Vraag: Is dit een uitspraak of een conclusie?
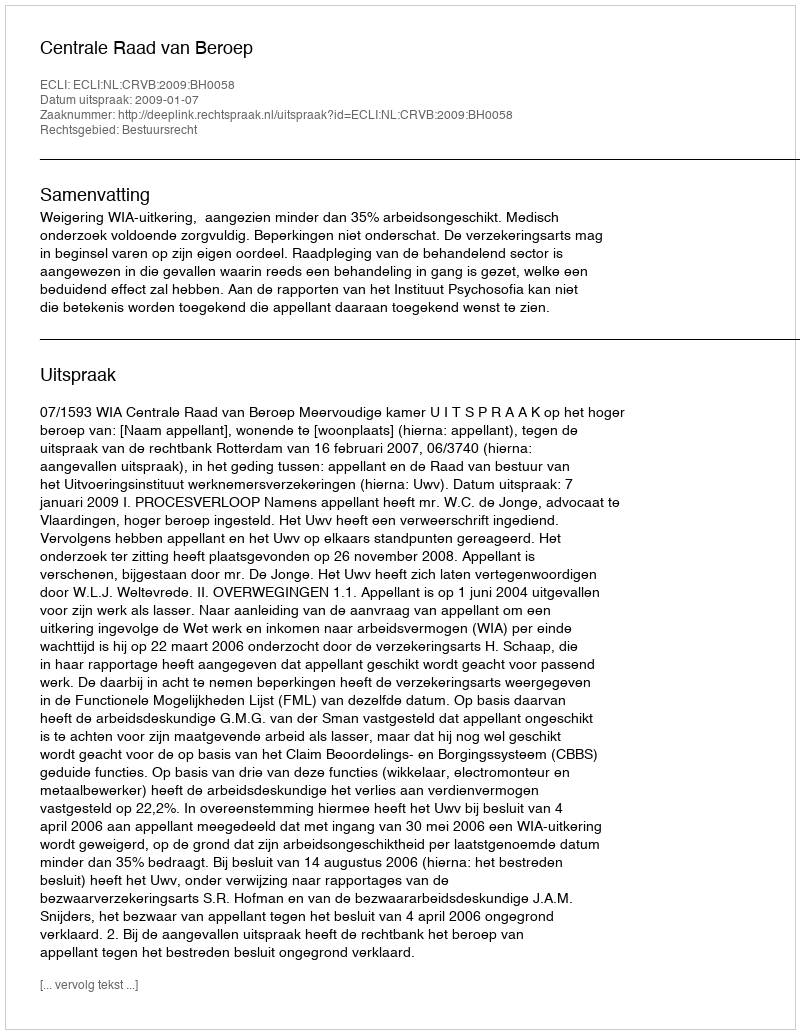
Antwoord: Uitspraak